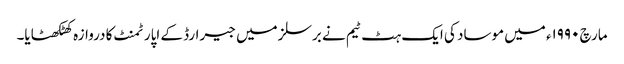
مارچ ۱۹۹۰ء میں موساد کی ایک ہٹ ٹیم نے برسلز میں جیرارڈ کے اپارٹمنٹ کا دروازہ کھٹکھٹایا۔